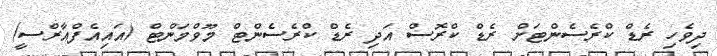
ދިވެހި ރެޑް ކްރެސެންޓަށް ރެޑް ކްރޮސް އަދި ރެޑް ކްރެސެންޓް މޫވްމަންޓް (އައިއެފްއާރްސީ)